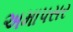
અમાપસર